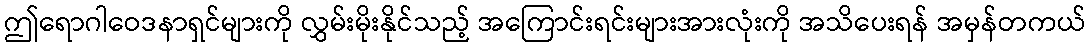
ဤရောဂါဝေဒနာရှင်များကို လွှမ်းမိုးနိုင်သည့် အကြောင်းရင်းများအားလုံးကို အသိပေးရန် အမှန်တကယ်